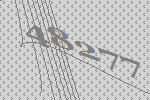
48277